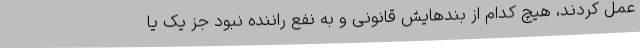
عمل کردند، هیچ کدام از بندهایش قانونی و به نفع راننده نبود جز یک یا